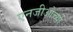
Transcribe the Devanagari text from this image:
एनजीओच्या